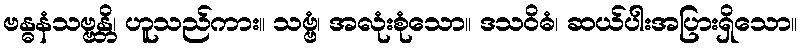
ဗန္ဓနံသဗ္ဗန္တိ၊ ဟူသည်ကား။ သဗ္ဗံ၊ အလုံးစုံသော။ ဒသဝိဓံ၊ ဆယ်ပါးအပြားရှိသော။